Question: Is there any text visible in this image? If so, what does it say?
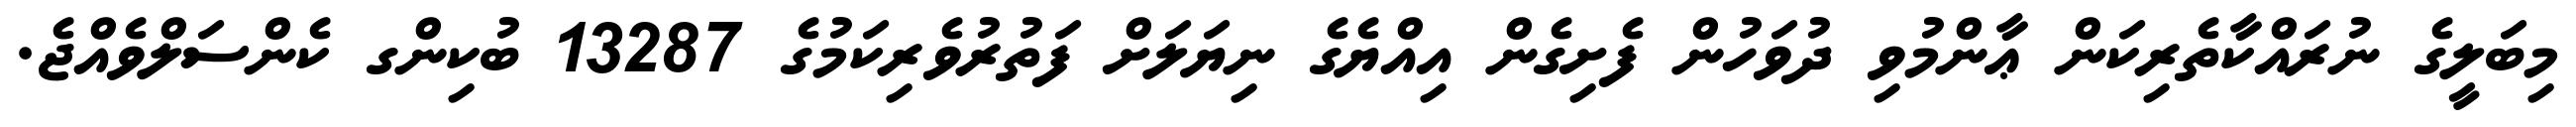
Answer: މިބަލީގެ ނުރައްކާތެރިކަން ޢާންމުވި ދުވަހުން ފެށިގެން އިއްޔެގެ ނިޔަލަށް ފަތުރުވެރިކަމުގެ 13287 ބުކިންގ ކެންސަލްވެއްޖެ.